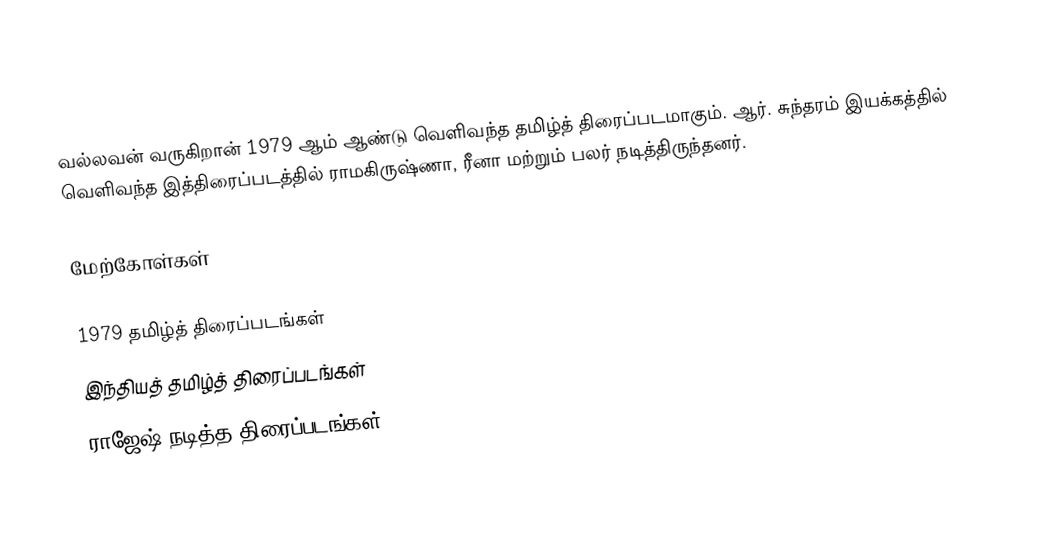
வல்லவன் வருகிறான் 1979 ஆம் ஆண்டு வெளிவந்த தமிழ்த் திரைப்படமாகும். ஆர். சுந்தரம் இயக்கத்தில் வெளிவந்த இத்திரைப்படத்தில் ராமகிருஷ்ணா, ரீனா மற்றும் பலர் நடித்திருந்தனர்.

மேற்கோள்கள்

1979 தமிழ்த் திரைப்படங்கள்
இந்தியத் தமிழ்த் திரைப்படங்கள்
ராஜேஷ் நடித்த திரைப்படங்கள்